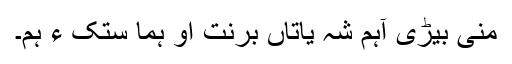
منی بیڑی آہم شہ یاتاں برنت او ہما سِتک ءَ ہم۔